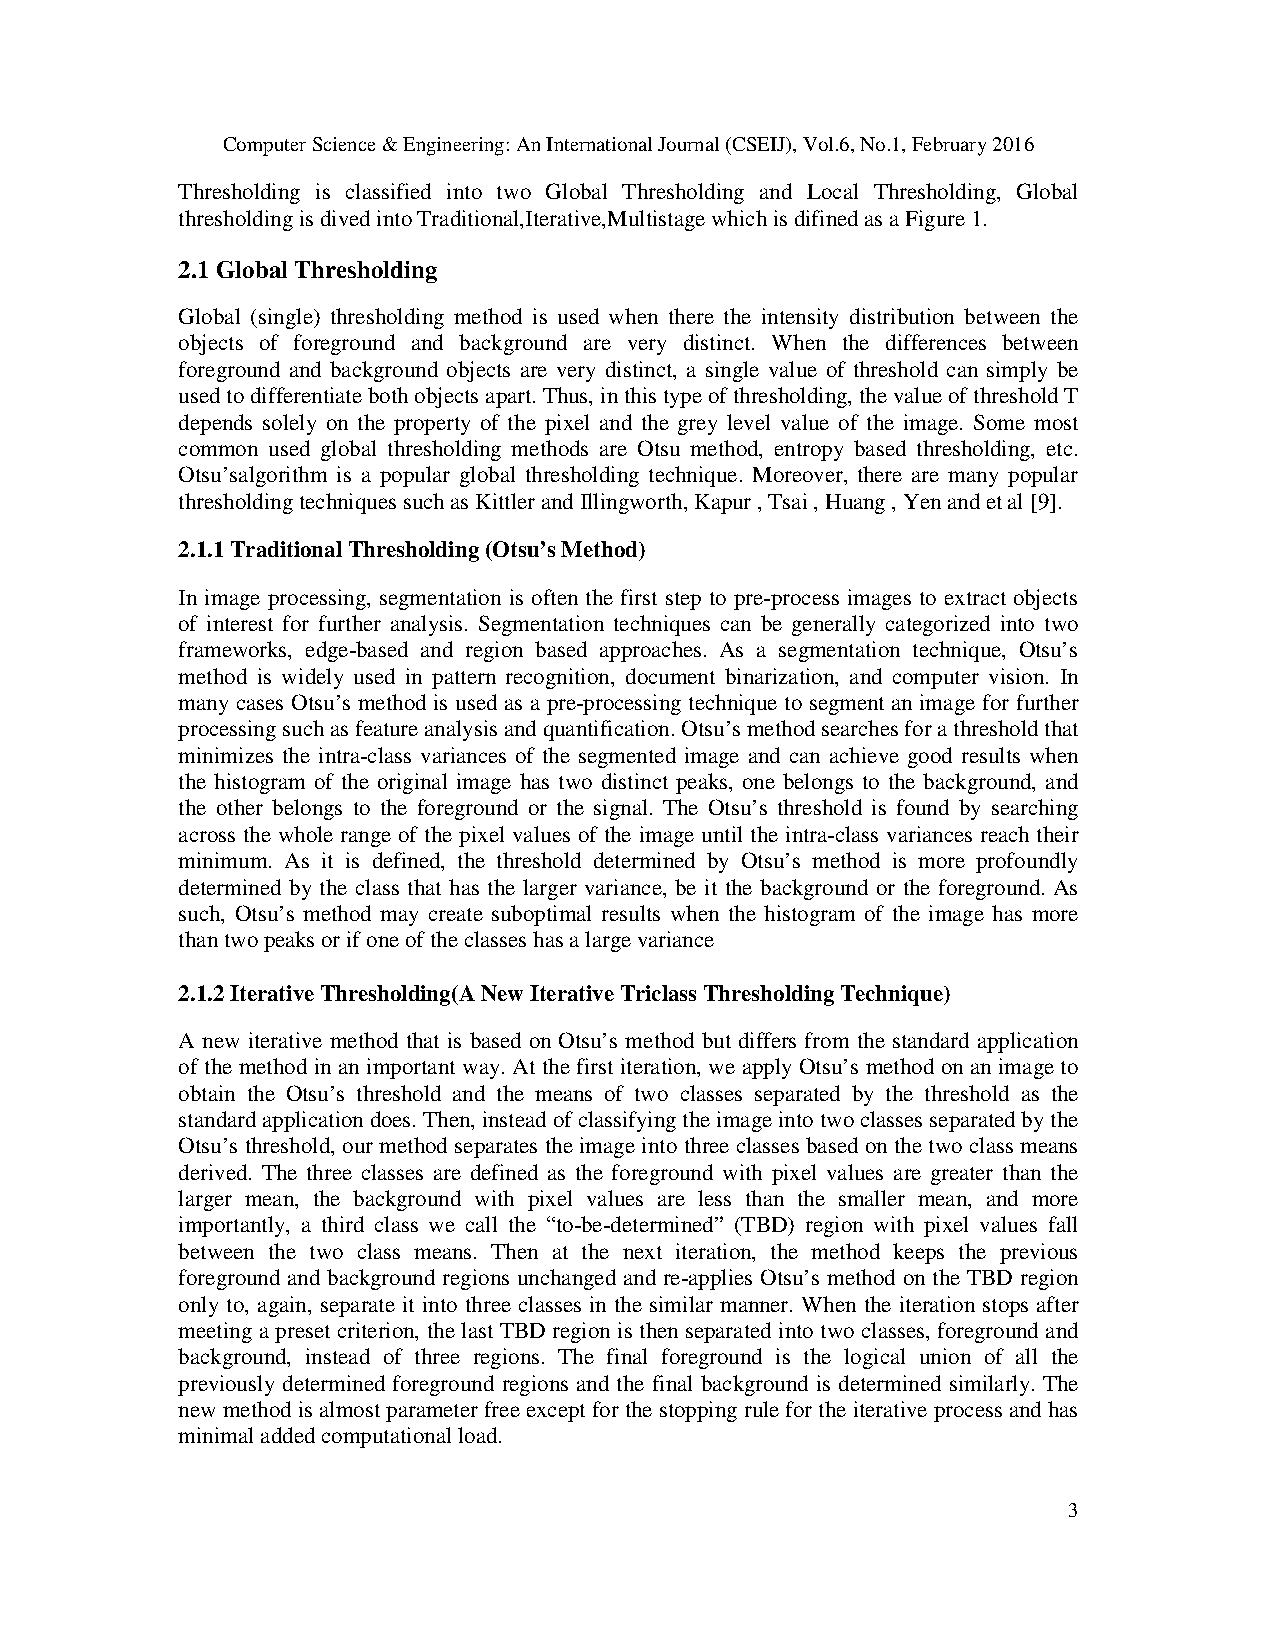
Computer Science & Engineering: An International Journal (CSEIJ), Vol.6, No.1, February 2016
 Thresholding is classified into two Global Thresholding and Local Thresholding, Global
 thresholding is dived into Traditional,Iterative,Multistage which is difined as a Figure 1.
 2.1 Global Thresholding
 Global (single) thresholding method is used when there the intensity distribution between the
 objects of foreground and background are very distinct. When the differences between
 foreground and background objects are very distinct, a single value of threshold can simply be
 used to differentiate both objects apart. Thus, in this type of thresholding, the value of threshold T
 depends solely on the property of the pixel and the grey level value of the image. Some most
 common used global thresholding methods are Otsu method, entropy based thresholding, etc.
 Otsu’salgorithm is a popular global thresholding technique. Moreover, there are many popular
 thresholding techniques such as Kittler and Illingworth, Kapur , Tsai , Huang , Yen and et al [9].
 2.1.1 Traditional Thresholding (Otsu’s Method)
 In image processing, segmentation is often the first step to pre-process images to extract objects
 of interest for further analysis. Segmentation techniques can be generally categorized into two
 frameworks, edge-based and region based approaches. As a segmentation technique, Otsu’s
 method is widely used in pattern recognition, document binarization, and computer vision. In
 many cases Otsu’s method is used as a pre-processing technique to segment an image for further
 processing such as feature analysis and quantification. Otsu’s method searches for a threshold that
 minimizes the intra-class variances of the segmented image and can achieve good results when
 the histogram of the original image has two distinct peaks, one belongs to the background, and
 the other belongs to the foreground or the signal. The Otsu’s threshold is found by searching
 across the whole range of the pixel values of the image until the intra-class variances reach their
 minimum. As it is defined, the threshold determined by Otsu’s method is more profoundly
 determined by the class that has the larger variance, be it the background or the foreground. As
 such, Otsu’s method may create suboptimal results when the histogram of the image has more
 than two peaks or if one of the classes has a large variance
 2.1.2 Iterative Thresholding(A New Iterative Triclass Thresholding Technique)
 A new iterative method that is based on Otsu’s method but differs from the standard application
 of the method in an important way. At the first iteration, we apply Otsu’s method on an image to
 obtain the Otsu’s threshold and the means of two classes separated by the threshold as the
 standard application does. Then, instead of classifying the image into two classes separated by the
 Otsu’s threshold, our method separates the image into three classes based on the two class means
 derived. The three classes are defined as the foreground with pixel values are greater than the
 larger mean, the background with pixel values are less than the smaller mean, and more
 importantly, a third class we call the “to-be-determined” (TBD) region with pixel values fall
 between the two class means. Then at the next iteration, the method keeps the previous
 foreground and background regions unchanged and re-applies Otsu’s method on the TBD region
 only to, again, separate it into three classes in the similar manner. When the iteration stops after
 meeting a preset criterion, the last TBD region is then separated into two classes, foreground and
 background, instead of three regions. The final foreground is the logical union of all the
 previously determined foreground regions and the final background is determined similarly. The
 new method is almost parameter free except for the stopping rule for the iterative process and has
 minimal added computational load.
 3